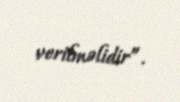
verilməlidir”.